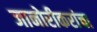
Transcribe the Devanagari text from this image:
जानोरीकरांचा